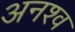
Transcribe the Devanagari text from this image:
अनश्व